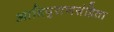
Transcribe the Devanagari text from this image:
आदिपुराणसंहिता